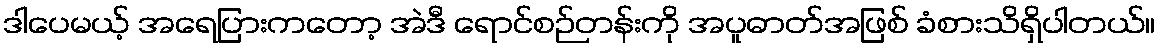
ဒါပေမယ့် အရေပြားကတော့ အဲဒီ ရောင်စဉ်တန်းကို အပူဓာတ်အဖြစ် ခံစားသိရှိပါတယ်။